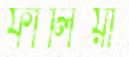
ফালিয়া